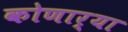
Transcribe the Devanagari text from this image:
कोणार्‍या